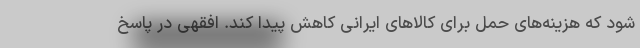
شود که هزینه‌های حمل برای کالاهای ایرانی کاهش پیدا کند. افقهی در پاسخ